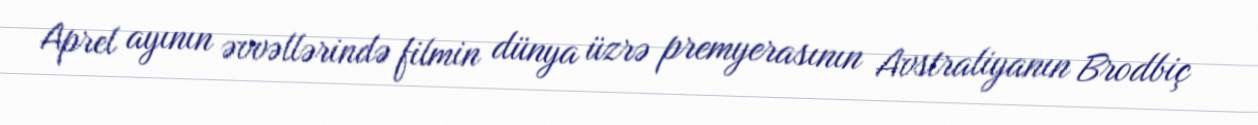
Aprel ayının əvvəllərində filmin dünya üzrə premyerasının Avstraliyanın Brodbiç